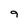
Character: 9